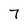
Character: 7